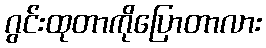
ဂွင်းထုတာကိုပြောတာလား